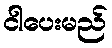
ငါပေးမည်